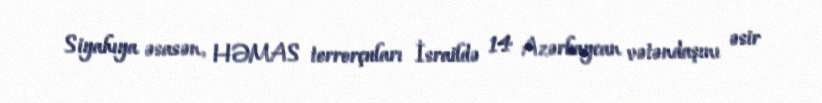
Siyahıya əsasən, HƏMAS terrorçuları İsraildə 14 Azərbaycan vətəndaşını əsir